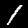
Label: 1